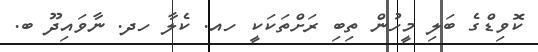
ކޮވިޑްގެ ބަލި މީހުން ތިބި ރަށްތަކަކީ ހއ. ކެލާ ހދ. ނާވައިދޫ ބ.